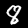
Label: 8